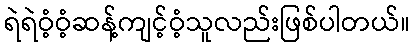
ရဲရဲဝံ့ဝံ့ဆန့်ကျင့်ဝံ့သူလည်းဖြစ်ပါတယ်။